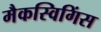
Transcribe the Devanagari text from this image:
मैकस्विगिंस